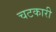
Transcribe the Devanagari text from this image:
चटकारी